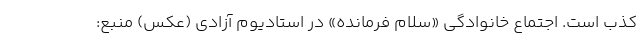
کذب است. اجتماع خانوادگی «سلام فرمانده» در استادیوم آزادی (عکس) منبع: